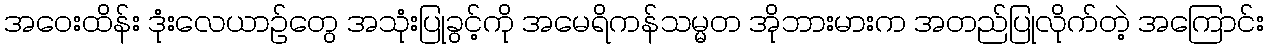
အဝေးထိန်း ဒုံးလေယာဉ်တွေ အသုံးပြုခွင့်ကို အမေရိကန်သမ္မတ အိုဘားမားက အတည်ပြုလိုက်တဲ့ အကြောင်း